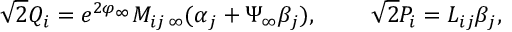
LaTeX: \sqrt { 2 } Q _ { i } = e ^ { 2 \varphi _ { \infty } } M _ { i j \, \infty } ( \alpha _ { j } + \Psi _ { \infty } \beta _ { j } ) , \ \ \ \ \ \ \ \sqrt { 2 } P _ { i } = L _ { i j } { \beta } _ { j } ,